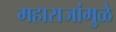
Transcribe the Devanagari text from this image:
महाराजांमुळे